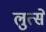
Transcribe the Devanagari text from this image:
लुत्से